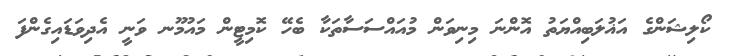
ކޯލިޝަންގެ އަޣުލަބިއްޔަތު އޮންނަ މިނިވަން މުއައްސަސާތަކާ ބެހޭ ކޮމިޓީން މައުމޫނ ވަނީ އެދިވަޑައިގެންފަ